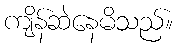
ကျိန်ဆဲနေမိသည်။